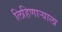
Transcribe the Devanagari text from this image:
लिहिणाऱ्याला